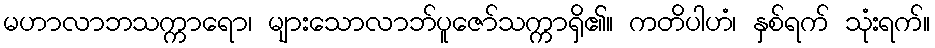
မဟာလာဘသက္ကာရော၊ များသောလာဘ်ပူဇော်သက္ကာရှိ၏။ ကတိပါဟံ၊ နှစ်ရက် သုံးရက်။